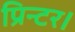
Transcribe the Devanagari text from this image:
प्रिन्टर।